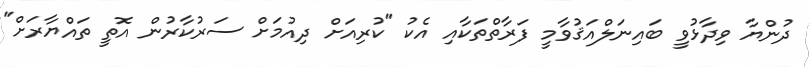
ދުންޔާ ވިދާޅުވީ ބައިނަލްއަޤުވާމީ ފަރާތްތަކާއި އެކު "ކުރިއަށް ދިއުމަށް ސަރުކާރުން އޮތީ ތައްޔާރަށް"